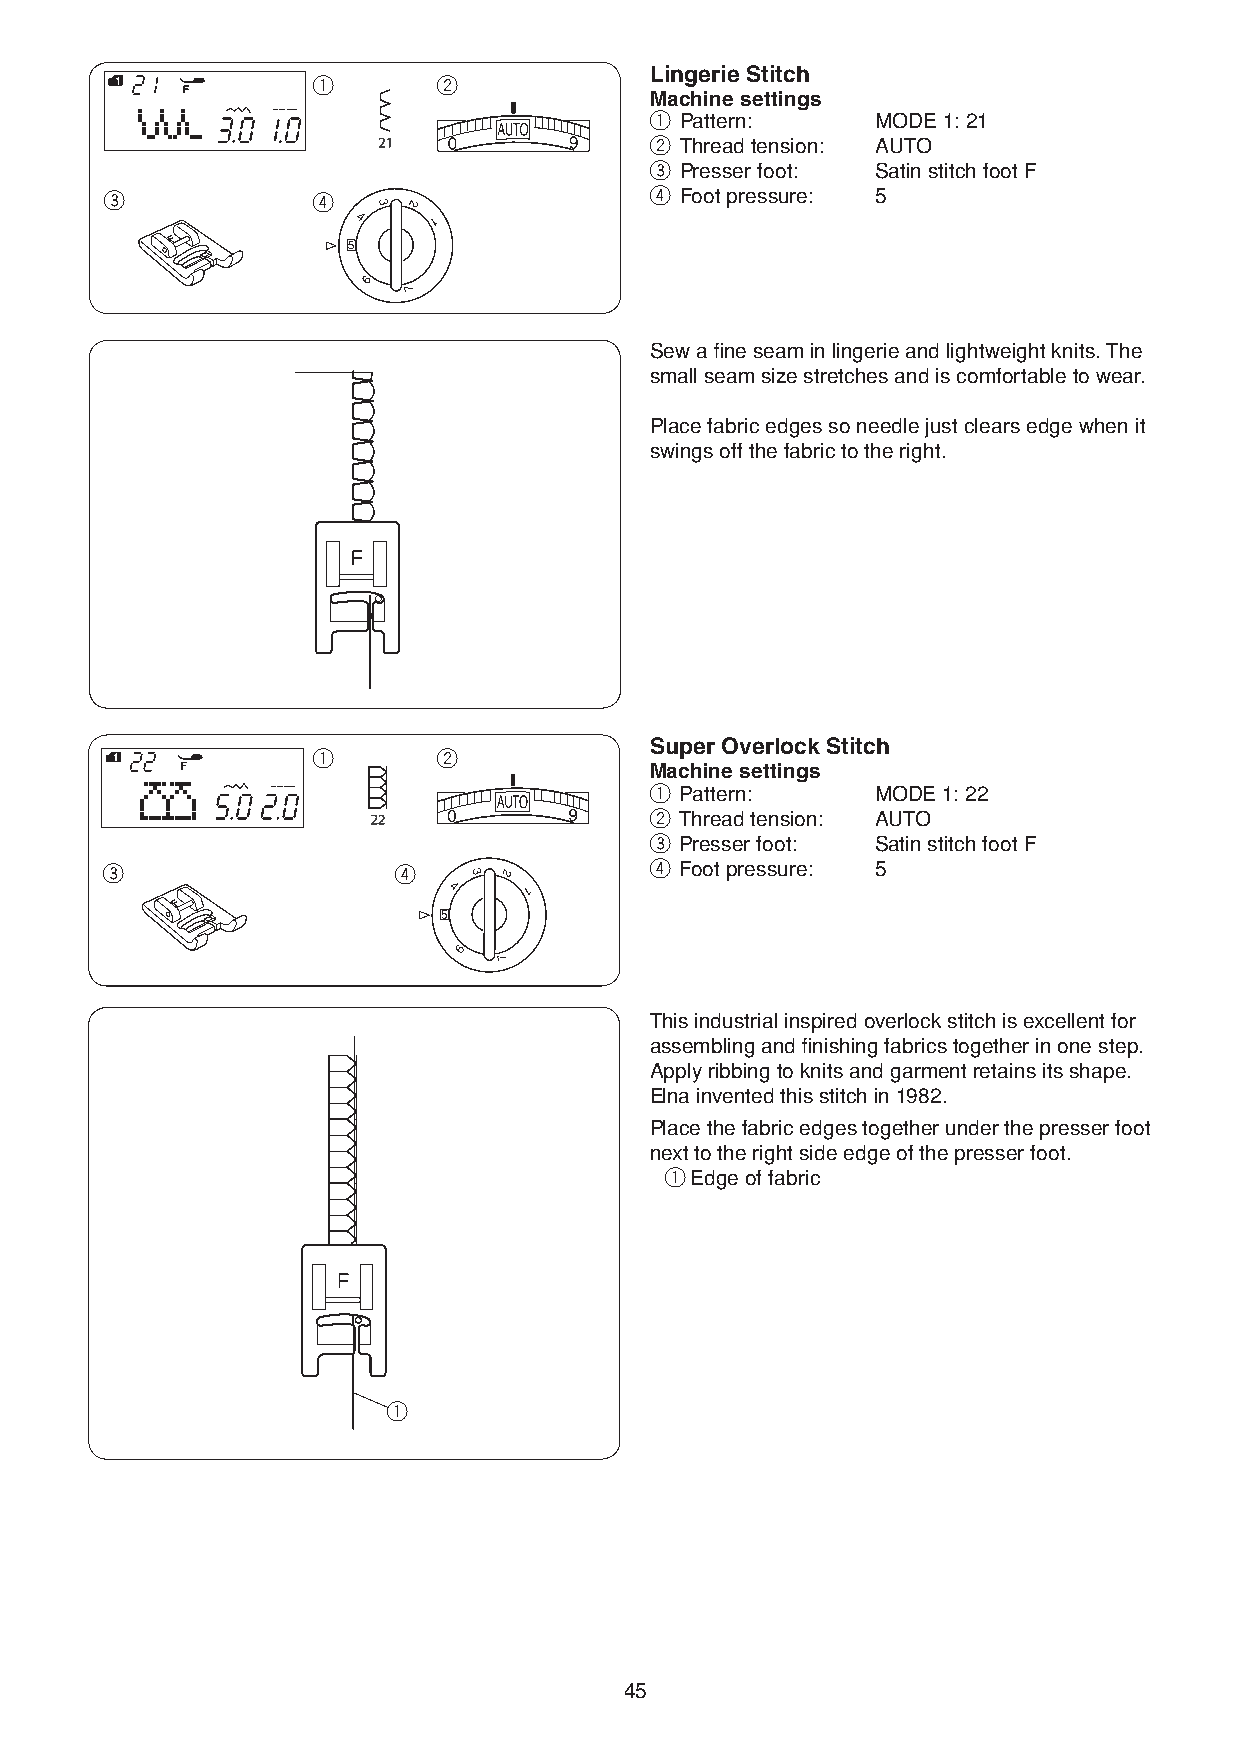
Lingerie Stitch
 q       w
 Machine settings
 q Pattern:     MODE 1: 21
 w Thread tension: AUTO
 e Presser foot: Satin stitch foot F
 e             r                     r Foot pressure: 5
 Sew a fine seam in lingerie and lightweight knits. The
 small seam size stretches and is comfortable to wear.
 Place fabric edges so needle just clears edge when it
 swings off the fabric to the right.
 Super Overlock Stitch
 q       w
 Machine settings
 q Pattern:     MODE 1: 22
 w Thread tension: AUTO
 e Presser foot: Satin stitch foot F
 e                  r                r Foot pressure: 5
 This industrial inspired overlock stitch is excellent for
 assembling and finishing fabrics together in one step.
 Apply ribbing to knits and garment retains its shape.
 Elna invented this stitch in 1982.
 Place the fabric edges together under the presser foot
 next to the right side edge of the presser foot.
 q Edge of fabric
 q
 45